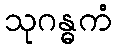
သုဂန္ဓကံ